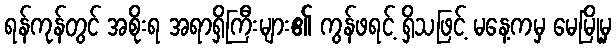
ရန်ကုန်တွင် အစိုးရ အရာရှိကြီးများ၏ ကွန်ဖရင့် ရှိသဖြင့် မနေ့ကမှ မေမြို့မှ